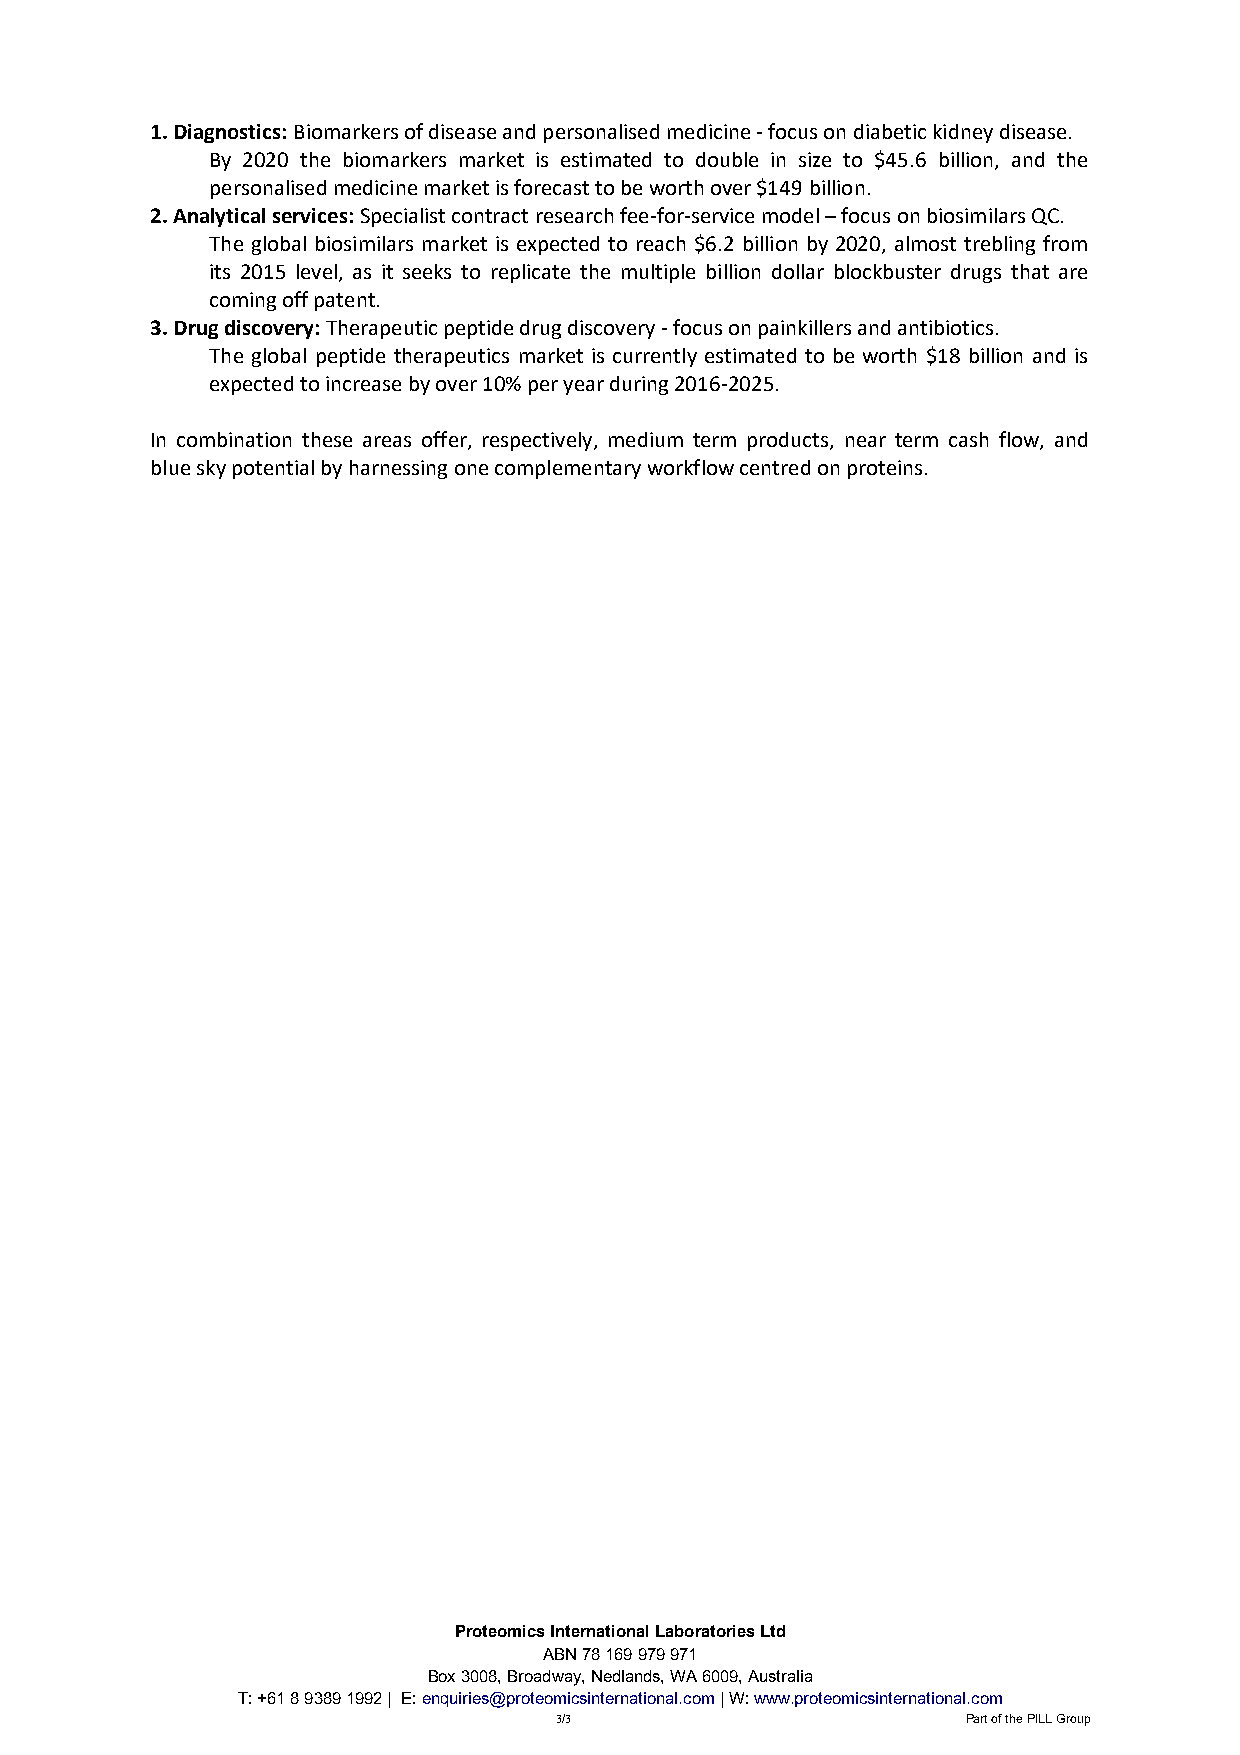
1. Diagnostics: Biomarkers of disease and personalised medicine - focus on diabetic kidney disease.
 By 2020 the biomarkers market is estimated to double in size to $45.6 billion, and the
 personalised medicine market is forecast to be worth over $149 billion.
 2. Analytical services: Specialist contract research fee-for-service model – focus on biosimilars QC.
 The global biosimilars market is expected to reach $6.2 billion by 2020, almost trebling from
 its 2015 level, as it seeks to replicate the multiple billion dollar blockbuster drugs that are
 coming off patent.
 3. Drug discovery: Therapeutic peptide drug discovery - focus on painkillers and antibiotics.
 The global peptide therapeutics market is currently estimated to be worth $18 billion and is
 expected to increase by over 10% per year during 2016-2025.
 In combination these areas offer, respectively, medium term products, near term cash flow, and
 blue sky potential by harnessing one complementary workflow centred on proteins.
 Proteomics International Laboratories Ltd
 ABN 78 169 979 971
 Box 3008, Broadway, Nedlands, WA 6009, Australia
 T: +61 8 9389 1992 | E: enquiries@proteomicsinternational.com | W: www.proteomicsinternational.com
 3/3                        Part of the PILL Group